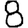
Digit: 8